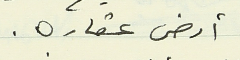
أرض عقاره.